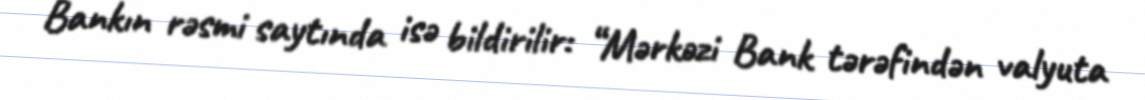
Bankın rəsmi saytında isə bildirilir: “Mərkəzi Bank tərəfindən valyuta